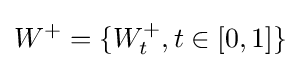
W^{+}=\{W_{t}^{+},t\in [0,1]\}